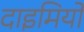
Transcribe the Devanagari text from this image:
दाइमियों